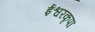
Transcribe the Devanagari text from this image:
ईश्वरकृपा